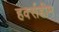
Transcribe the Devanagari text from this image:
हर्क्सहीम